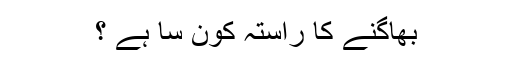
بھاگنے کا راستہ کون سا ہے ؟